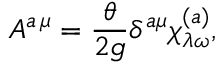
A ^ { a \, \mu } = \frac { \theta } { 2 g } \delta ^ { a \mu } \chi _ { \lambda \omega } ^ { ( a ) } ,